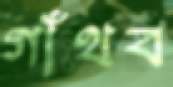
গাঁথব